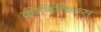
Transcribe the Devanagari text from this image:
क्रोनिकिल्स